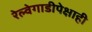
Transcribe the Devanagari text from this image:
रेल्वेगाडीपेक्षाही